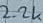
Text: 2.2K